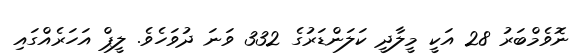
ނޮވެމްބަރު 28 އަކީ މީލާދީ ކަލަންޑަރުގެ 332 ވަނަ ދުވަހެވެ. ލީޕް އަހަރެއްގައި